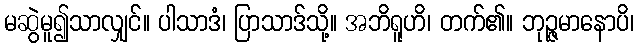
မဆွဲမူ၍သာလျှင်။ ပါသာဒံ၊ ပြာသာဒ်သို့။ အဘိရူဟိ၊ တက်၏။ ဘုဉ္ဇမာနောပိ၊